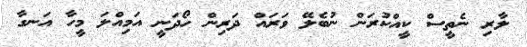
ލާރި ނެތީސް ކީއްކުރަން ނުބެލޭ ވަރައް ދަރިން ހޯދަނީ އަމިއްލަ މީހާ އަނގާ